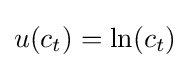
u(c_{t})=\ln(c_{t})